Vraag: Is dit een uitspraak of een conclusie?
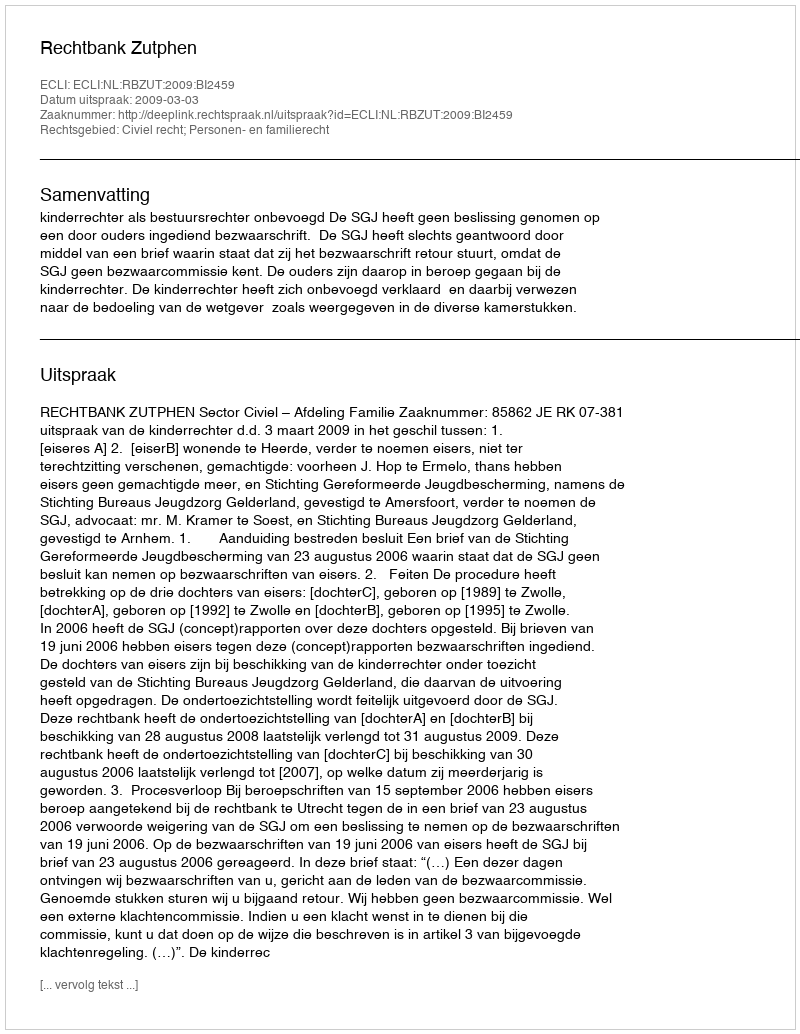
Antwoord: Uitspraak